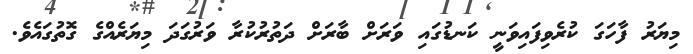
މިޔަރު ފާހަގަ ކުރެވިފައިވަނީ ކަނޑުގައި ވަރަށް ބާރަށް ދަތުރުކުރާ ވަރުގަދަ މިޔަރެއްގެ ގޮތުގައެވެ.